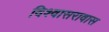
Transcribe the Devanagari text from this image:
विश्वासरावास